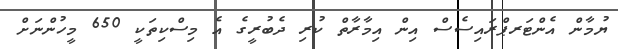
ޔުމާން އެންޓަރޕްރައިސެސް އިން އިމާރާތް ކުރި ދެބުރީގެ އެ މިސްކިތަކީ 650 މީހުންނަށް